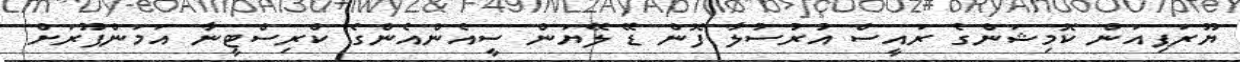
ޔޫރަޕިއަން ކޮމިޝަންގެ ރައީސް އުރުސުލާ ފޮން ޑޭ ލޭޔަން ސީއެންއެންގެ ކްރިސްޓީނާ އަމަންޕޫރަށް